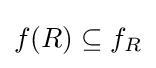
f(R)\subseteq f_{R}